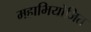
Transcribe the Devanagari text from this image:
महाभियोजित